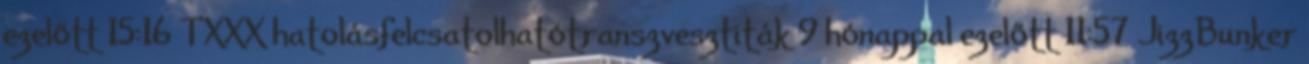
ezelőtt 15:16 TXXX hatolásfelcsatolhatótranszvesztiták 9 hónappal ezelőtt 11:57 JizzBunker